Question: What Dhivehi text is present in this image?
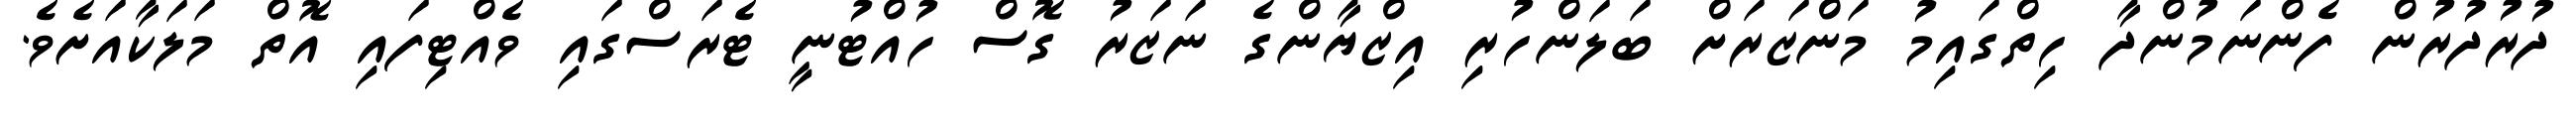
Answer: ދުރުދުރުން ފެންނަމުންދާ ހިތްގައިމު މަންޒަރަށް ބަލަންހުރި އިޒްޔާންގެ ނަޒަރު ގޮސް ހުއްޓުނީ ޓެރަސްގައި ވެއްޓިފައި އޮތް މަލަކާއަށެވެ.